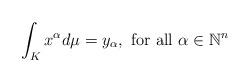
LaTeX: \begin{align*}\displaystyle \int_K x^\alpha d\mu = y_\alpha, \textrm{ for all } \alpha \in \mathbb{N}^n\end{align*}